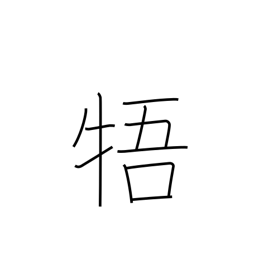
Meaning: be contrary to